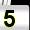
Digit: 5